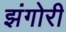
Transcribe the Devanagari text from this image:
झंगोरी